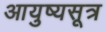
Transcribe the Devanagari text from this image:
आयुष्यसूत्र